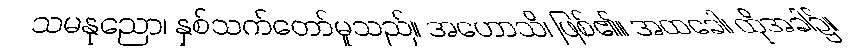
သမနုညော၊ နှစ်သက်တော်မူသည်။ အဟောသိ၊ ဖြစ်၏။ အထခေါ၊ ထိုအခါ၌။